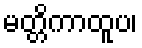
မတ္တိကာထူပ၊